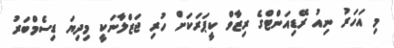
މި އަހަރު ނިއު ރޭޑިއަންޓްގެ ރިޒާވް ކީޕަރަކަށް ހުރި ޖަޒްލާނަކީ މިދިޔަ ޑިސެމްބަރު